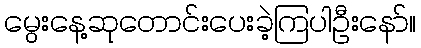
မွေးနေ့ဆုတောင်းပေးခဲ့ကြပါဦးနော်။